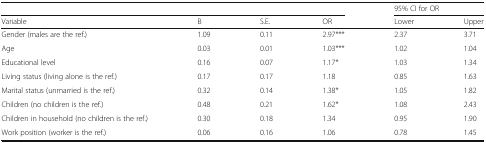
<table><thead><tr><td colspan="4"></td><td colspan="2"><b>95% CI for OR</b></td></tr><tr><td><b>Variable</b></td><td><b>B</b></td><td><b>S.E.</b></td><td><b>OR</b></td><td><b>Lower</b></td><td><b>Upper</b></td></tr></thead><tbody><tr><td>Gender (males are the ref.)</td><td>1.09</td><td>0.11</td><td>2.97***</td><td>2.37</td><td>3.71</td></tr><tr><td>Age</td><td>0.03</td><td>0.01</td><td>1.03***</td><td>1.02</td><td>1.04</td></tr><tr><td>Educational level</td><td>0.16</td><td>0.07</td><td>1.17*</td><td>1.03</td><td>1.34</td></tr><tr><td>Living status (living alone is the ref.)</td><td>0.17</td><td>0.17</td><td>1.18</td><td>0.85</td><td>1.63</td></tr><tr><td>Marital status (unmarried is the ref.)</td><td>0.32</td><td>0.14</td><td>1.38*</td><td>1.05</td><td>1.82</td></tr><tr><td>Children (no children is the ref.)</td><td>0.48</td><td>0.21</td><td>1.62*</td><td>1.08</td><td>2.43</td></tr><tr><td>Children in household (no children is the ref.)</td><td>0.30</td><td>0.18</td><td>1.34</td><td>0.95</td><td>1.90</td></tr><tr><td>Work position (worker is the ref.)</td><td>0.06</td><td>0.16</td><td>1.06</td><td>0.78</td><td>1.45</td></tr></tbody></table>